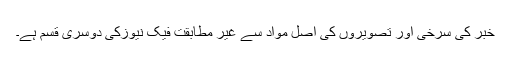
خبر کی سُرخی اور تصویروں کی اصل مواد سے غیر مطابقت فیک نیوزکی دوسری قسم ہے۔